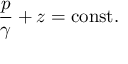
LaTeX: { \frac { p } { \gamma } } + z = \mathrm { c o n s t } .